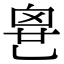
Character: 𠃼